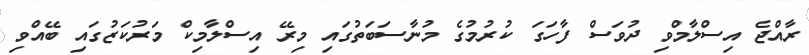
ރާއްޖެ އިސްލާމްވި ދުވަސް ފާހަގަ ކުރުމުގެ މުނާސަބަތުގައި މިރޭ އިސްލާމިކް މަރުކަޒުގައި ބޭއްވި